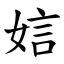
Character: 娮